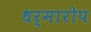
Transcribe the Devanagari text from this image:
धर्मारोप